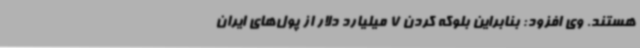
هستند. وی افزود: بنابراین بلوکه کردن 7 میلیارد دلار از پول‌های ایران